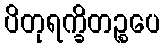
ပိတုရက္ခိတဉ္စပေ